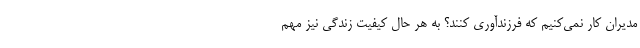
مدیران کار نمی‌کنیم که فرزندآوری کنند؟ به هر حال کیفیت زندگی نیز مهم